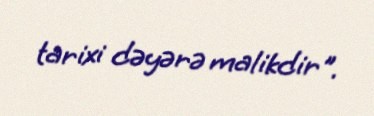
tarixi dəyərə malikdir".